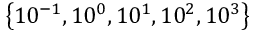
\left\{ 1 0 ^ { - 1 } , 1 0 ^ { 0 } , 1 0 ^ { 1 } , 1 0 ^ { 2 } , 1 0 ^ { 3 } \right\}